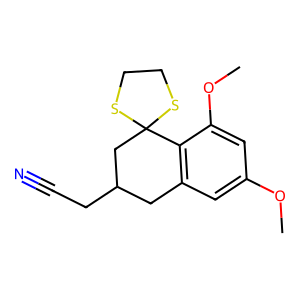
SMILES: COc1cc2c(c(OC)c1)C1(CC(CC#N)C2)SCCS1
Inhibits HIV replication: No